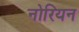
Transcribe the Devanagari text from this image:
नोरियन